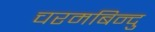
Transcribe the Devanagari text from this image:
चरमबिन्दु